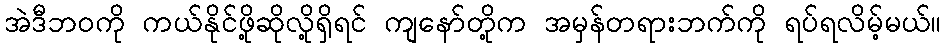
အဲဒီဘဝကို ကယ်နိုင်ဖို့ဆိုလို့ရှိရင် ကျနော်တို့က အမှန်တရားဘက်ကို ရပ်ရလိမ့်မယ်။